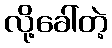
လို့ခေါ်တဲ့